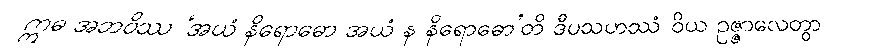
ဣဓ အဘဝိဿ ‘အယံ နိရောဓော အယံ န နိရောဓော’တိ ဒီပသဟဿံ ဝိယ ဥဇ္ဇာလေတွာ